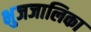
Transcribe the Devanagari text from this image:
भुजजालिका